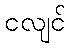
ငလျင်